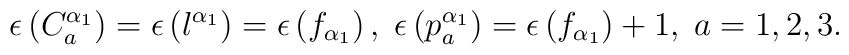
\epsilon \left( C_{a}^{\alpha _{1}}\right) =\epsilon \left( l^{\alpha_{1}}\right) =\epsilon \left( f_{\alpha _{1}}\right) ,\;\epsilon \left(p_{a}^{\alpha _{1}}\right) =\epsilon \left( f_{\alpha _{1}}\right)+1,\;a=1,2,3.